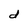
Character: d